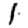
Digit: 1